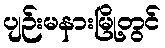
ပျဉ်းမနားမြို့တွင်